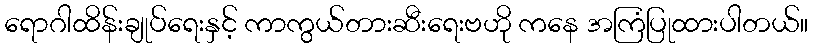
ရောဂါထိန်းချုပ်ရေးနှင့် ကာကွယ်တားဆီးရေးဗဟို ကနေ အကြံပြုထားပါတယ်။